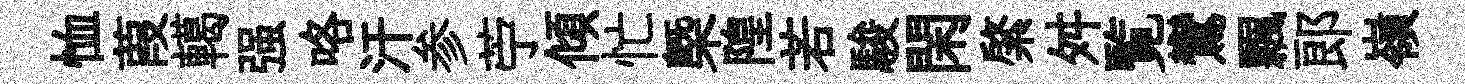
恤葭轕强咯汗参苧傾忙㮣隍若駿閑綮舛覧鸞飄郎嶺